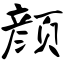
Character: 颜